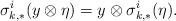
LaTeX: \begin{align*}\sigma^{i}_{k,*}(y\otimes \eta)=y\otimes \sigma^{i}_{k,*}(\eta).\end{align*}